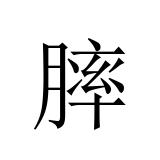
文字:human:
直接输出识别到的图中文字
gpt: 膟